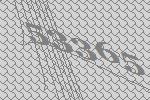
53365